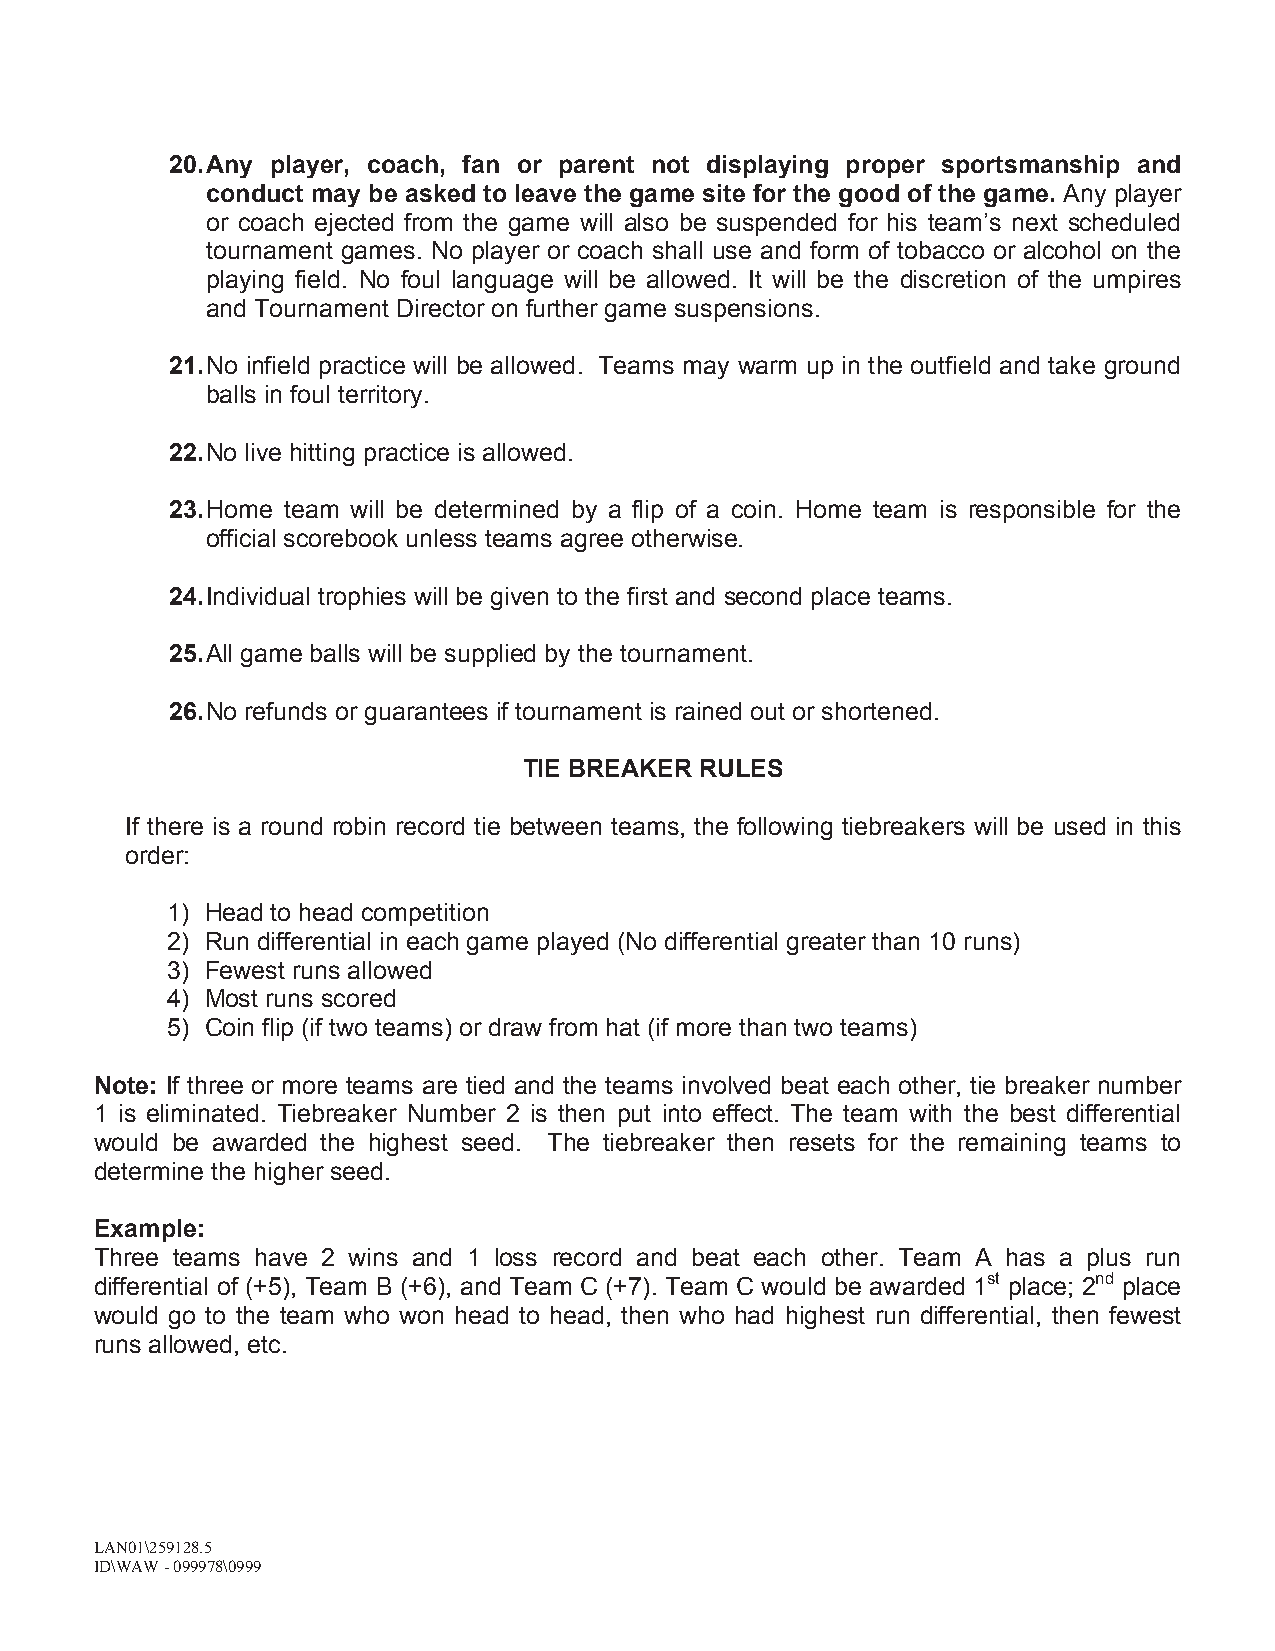
20.Any player, coach, fan or parent not displaying proper sportsmanship and
 conduct may be asked to leave the game site for the good of the game. Any player
 or coach ejected from the game will also be suspended for his team’s next scheduled
 tournament games. No player or coach shall use and form of tobacco or alcohol on the
 playing field. No foul language will be allowed. It will be the discretion of the umpires
 and Tournament Director on further game suspensions.
 21.No infield practice will be allowed. Teams may warm up in the outfield and take ground
 balls in foul territory.
 22.No live hitting practice is allowed.
 23.Home team will be determined by a flip of a coin. Home team is responsible for the
 official scorebook unless teams agree otherwise.
 24.Individual trophies will be given to the first and second place teams.
 25.All game balls will be supplied by the tournament.
 26.No refunds or guarantees if tournament is rained out or shortened.
 TIE BREAKER RULES
 If there is a round robin record tie between teams, the following tiebreakers will be used in this
 order:
 1) Head to head competition
 2) Run differential in each game played (No differential greater than 10 runs)
 3) Fewest runs allowed
 4) Most runs scored
 5) Coin flip (if two teams) or draw from hat (if more than two teams)
 Note: If three or more teams are tied and the teams involved beat each other, tie breaker number
 1 is eliminated. Tiebreaker Number 2 is then put into effect. The team with the best differential
 would be awarded the highest seed. The tiebreaker then resets for the remaining teams to
 determine the higher seed.
 Example:
 Three teams have 2 wins and 1 loss record and beat each other. Team A has a plus run
 differential of (+5), Team B (+6), and Team C (+7). Team C would be awarded 1st place; 2nd place
 would go to the team who won head to head, then who had highest run differential, then fewest
 runs allowed, etc.
 LAN01\259128.5
 ID\WAW -099978\0999